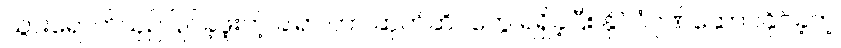
သွားရောက်ယှဉ်ပြိုင်ခဲ့ဖူးတဲ့ ခါရာ ဟာ ဆုတံဆိပ်တွေ ရရှိခဲ့ပြီး နိုင်ငံဂုဏ်ဆောင်နိုင်ခဲ့တဲ့